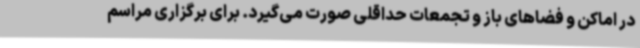
در اماکن و فضاهای باز و تجمعات حداقلی صورت می‌گیرد. برای برگزاری مراسم